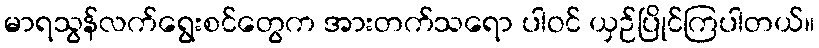
မာရသွန်လက်ရွေးစင်တွေက အားတက်သရော ပါဝင် ယှဉ်ပြိုင်ကြပါတယ်။